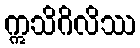
ဣသိဂိလိဿ